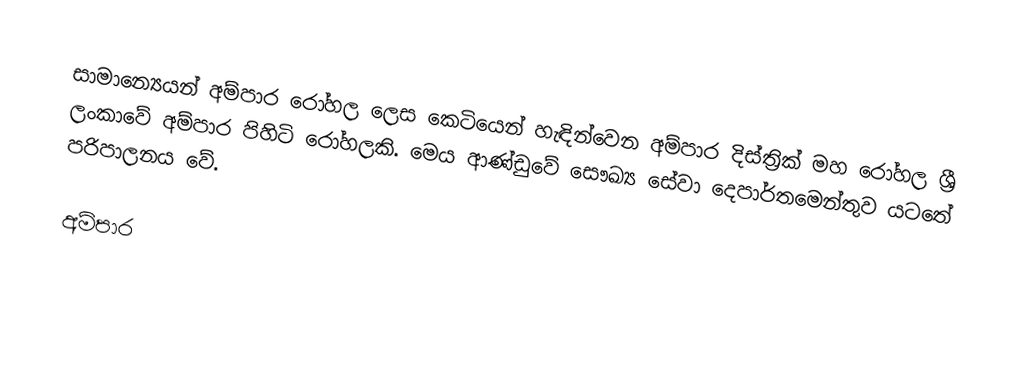
සාමාන්‍යෙයන් අම්පාර රෝහල ලෙස කෙටියෙන් හැඳින්වෙන අම්පාර දිස්ත්‍රික් මහ රෝහල ශ්‍රී ලංකාවේ අම්පාර පිහිටි රෝහලකි. මෙය  ආණ්ඩුවේ සෞඛ්‍ය සේවා දෙපාර්තමෙන්තුව යටතේ පරිපාලනය වේ.

අම්පාර